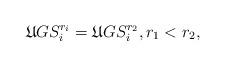
LaTeX: \begin{align*}\mathfrak{U}GS^{r_i}_i=\mathfrak{U}GS^{r_2}_i,r_1<r_2,\end{align*}